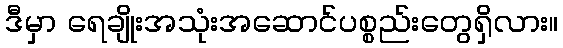
ဒီမှာ ရေချိုးအသုံးအဆောင်ပစ္စည်းတွေရှိလား။